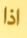
اذا